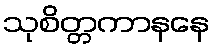
သုစိတ္တကာနနေ